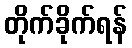
တိုက်ခိုက်ရန်